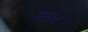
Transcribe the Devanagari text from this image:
प्रग़ट